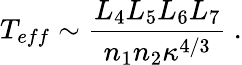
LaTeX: T_{eff}\sim{\frac{L_{4}L_{5}L_{6}L_{7}}{n_{1}n_{2}\kappa^{4/3}}}\ .